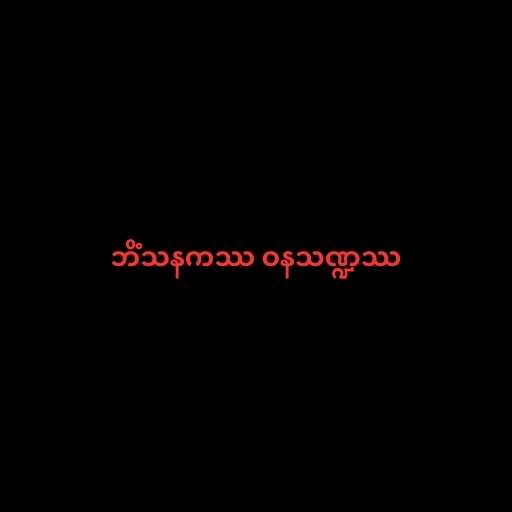
ဘိံသနကဿ ဝနသဏ္ဍဿ